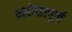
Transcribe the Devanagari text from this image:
भरोसापूर्ण